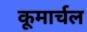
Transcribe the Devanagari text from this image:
कूमार्चल